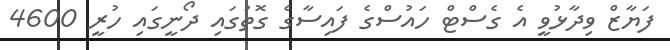
ފަޔާޒް ވިދާޅުވީ އެ ގެސްޓް ހައުސްގެ ފައިސާގެ ގޮތުގައި ދޯނީގައި ހުރީ 4600